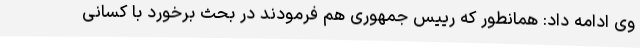
وی ادامه داد: همانطور که رییس جمهوری هم فرمودند در بحث برخورد با کسانی